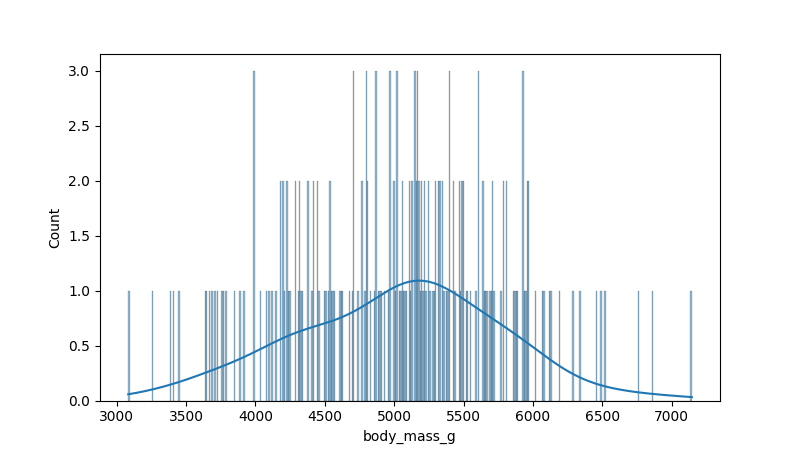
python, seaborn, histplot, hue='all', binwidth=10, bins='20', element='bars'